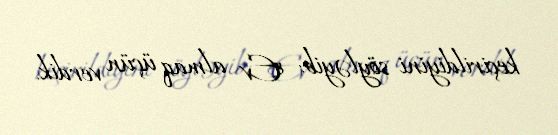
keçirildiyini söyləyib: "Ev almaq üçün verdik.